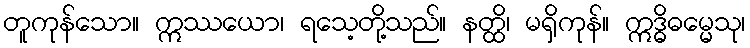
တူကုန်သော။ ဣဿယော၊ ရသေ့တို့သည်။ နတ္ထိ၊ မရှိကုန်။ ဣဒ္ဓိဓမ္မေသု၊